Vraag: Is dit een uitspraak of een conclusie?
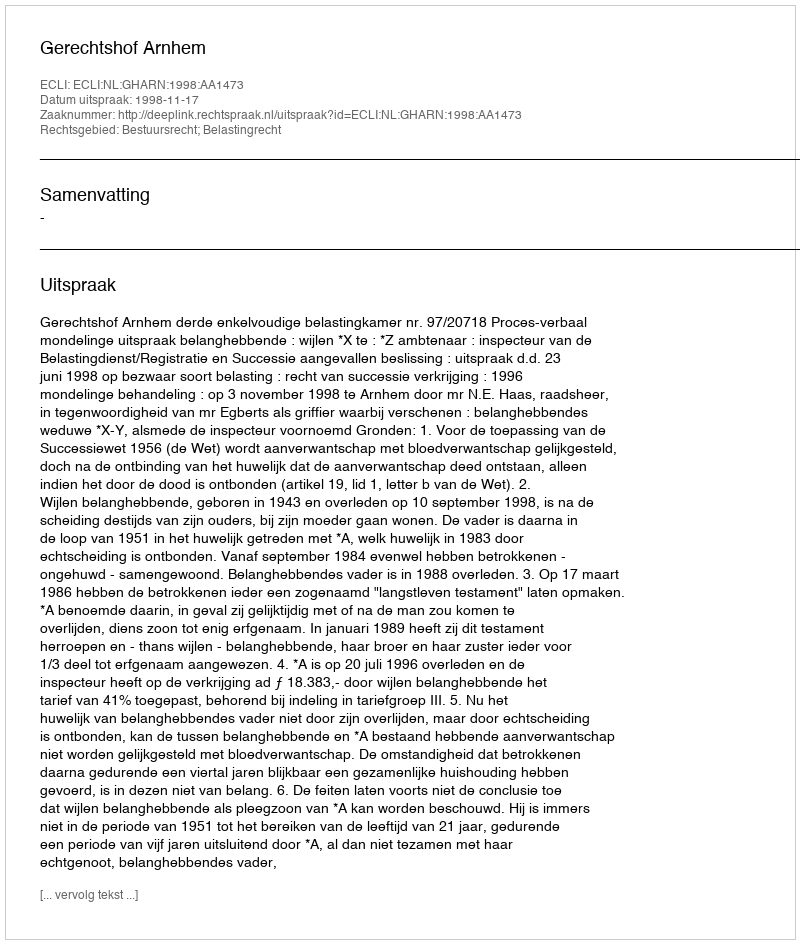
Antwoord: Uitspraak